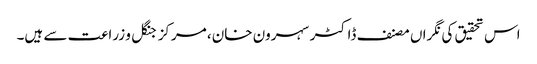
اس تحقیق کی نگراں مصنف ڈاکٹر سہرون خان، مرکز جنگل و زراعت سے ہیں۔